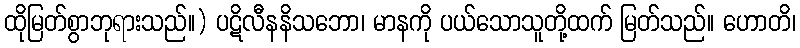
ထိုမြတ်စွာဘုရားသည်။) ပဋိလီနနိသဘော၊ မာနကို ပယ်သောသူတို့ထက် မြတ်သည်။ ဟောတိ၊